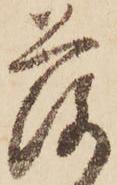
落